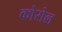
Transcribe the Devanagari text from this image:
कोरोल